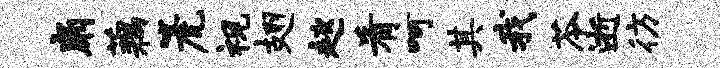
扇藕篪视翅趑肴呵其我苓逝彷